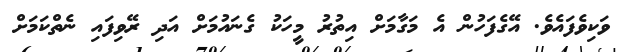
ވަކިވެފައެވެ. އޭގެފަހުން އެ މަގާމަށް އިތުރު މީހަކު ގެނައުމަށް އަދި ރޭވިފައި ނެތްކަމަށް